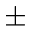
\pm